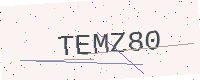
Text: TEMZ80